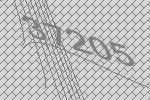
37205